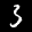
Label: 3